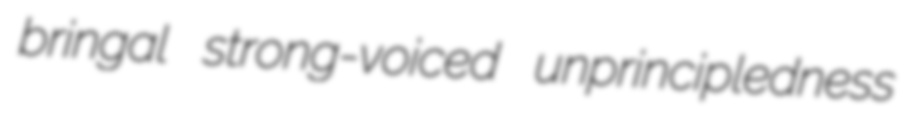
bringal strong-voiced unprincipledness